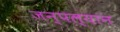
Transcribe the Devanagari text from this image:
जन्पल्यान